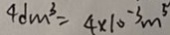
4 d m ^ { 3 } = 4 \times 1 0 ^ { - 3 } m ^ { 5 }